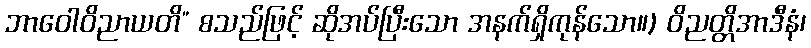
ဘာဝေါဝိညာယတိ” စသည်ဖြင့် ဆိုအပ်ပြီးသော အနက်ရှိကုန်သော။) ဝိညတ္တိအာဒီနံ၊